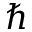
\hslash